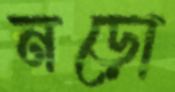
নড়ো